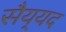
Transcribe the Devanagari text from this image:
सैय्‌यद